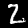
Label: 2